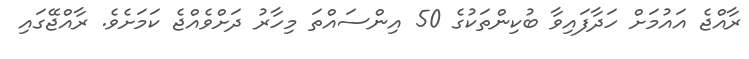
ރާއްޖެ އައުމަށް ހަދާފައިވާ ބުކިންތަކުގެ 50 އިންސައްތަ މިހާރު ދަށްވެއްޖެ ކަމަށެވެ. ރާއްޖޭގައި